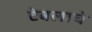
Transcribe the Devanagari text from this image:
टेबलाचे